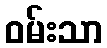
ဝမ်းသာ